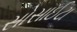
સોસાઈટા